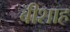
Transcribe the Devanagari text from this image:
बीशाह